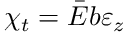
\chi _ { t } = \Bar { E } b \varepsilon _ { z }